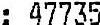
: 47735